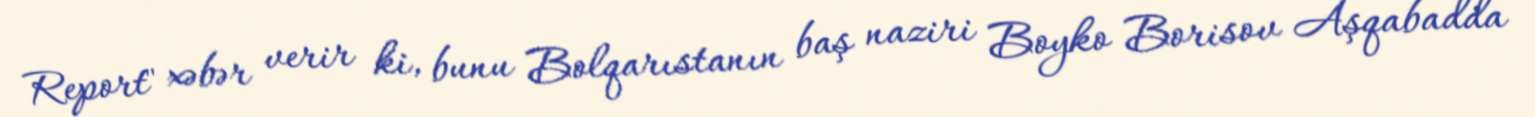
Report" xəbər verir ki, bunu Bolqarıstanın baş naziri Boyko Borisov Aşqabadda